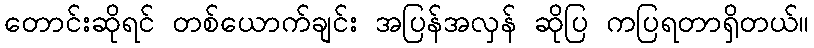
တောင်းဆိုရင် တစ်ယောက်ချင်း အပြန်အလှန် ဆိုပြ ကပြရတာရှိတယ်။